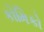
કોમિકો